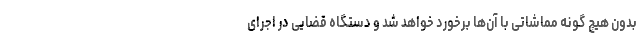
بدون هیچ گونه مماشاتی با آن‌ها برخورد خواهد شد و دستگاه قضایی در اجرای